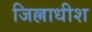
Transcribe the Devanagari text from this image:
जिल्लाधीश